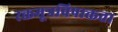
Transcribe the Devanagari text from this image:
रक्तमूत्रविषाक्तता